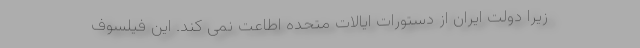
زیرا دولت ایران از دستورات ایالات متحده اطاعت نمی کند. این فیلسوف